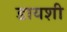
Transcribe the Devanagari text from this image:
डायशी